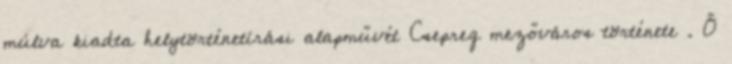
múlva kiadta helytörténetírási alapművét Csepreg mezőváros története . Ő